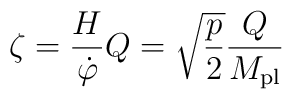
\zeta = \frac{H}{\dot \varphi} Q = \sqrt{\frac{p}{2}} \frac{Q}{M_{\rm pl}}